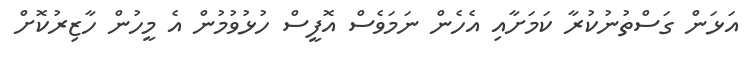
އަޅަން ގަސްތުނުކުރާ ކަމަށާއި އެހެން ނަމަވެސް އޮފީސް ހުޅުވުމުން އެ މީހުން ހާޒިރުކޮށް